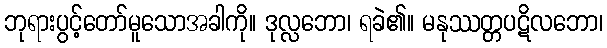
ဘုရားပွင့်တော်မူသောအခါကို။ ဒုလ္လဘော၊ ရခဲ၏။ မနုဿတ္တပဋိလဘော၊